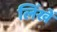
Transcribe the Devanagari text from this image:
लिंखें